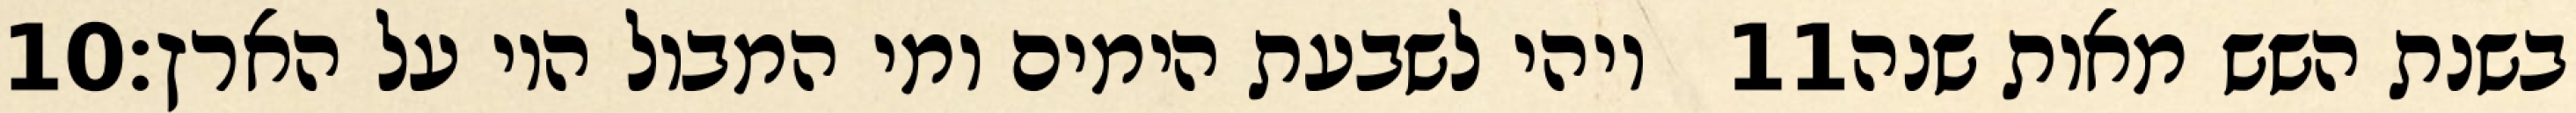
‎10‏ ויהי לשבעת הימים ומי המבול היו על הארץ׃ ‎11‏ בשנת השש מאות שנה